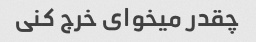
چقدر میخوای خرج کنی